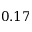
0 . 1 7